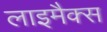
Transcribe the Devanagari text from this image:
लाइमैक्स